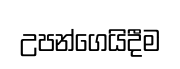
උපන්ගෙයිදීම